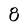
Character: 8